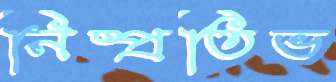
নিষ্প্রতিভ